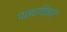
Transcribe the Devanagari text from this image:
पसरवितात